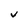
Character: V